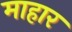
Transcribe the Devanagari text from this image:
माहार